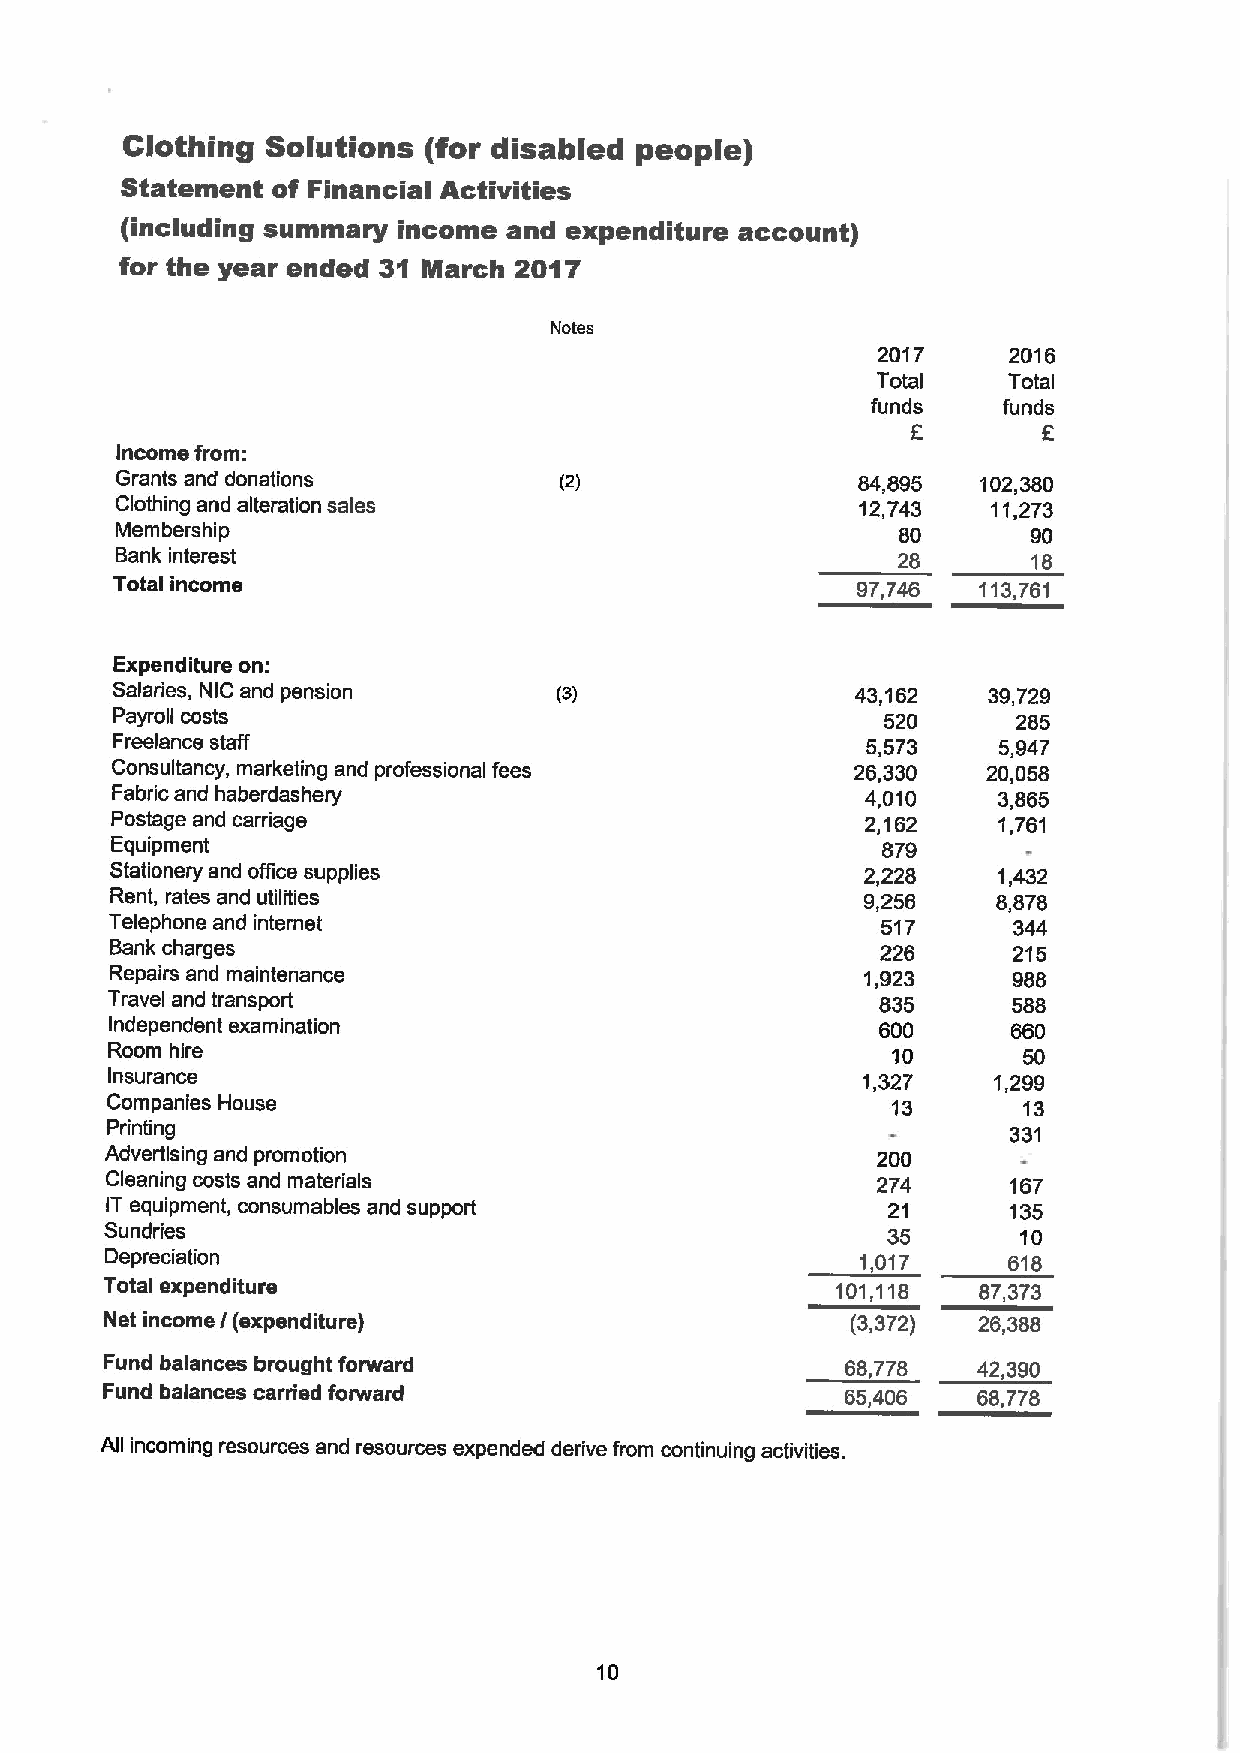
Clothing  Solutions (for disabled people)
 Statement of Financial Activities
 (including summary income and expenditure account)
 for the year ended 31 March 2017
 Notes
 2017     2016
 Total    Total
 funds   funds
 E        E
 Income from:
 Grants and donations                             84,895  102,380
 Clothing and alteration sales                    12,743   11,273
 Membership                                         80       90
 Bank interest                                      28       18
 Total income                                      97,746  113,761
 Expenditure on:
 Salaries, NIC and pension                         43,162  39,729
 Payroll costs                                      520      285
 Freelance staff                                   5,573    5,947
 Consultancy, marketing and professional fees      26,330  20,058
 Fabric and haberdashery                           4,010    3,865
 Postage and carriage                              2,162    1,761
 Equipment                                          879
 Stationery and office supplies                    2,228    1,432
 Rent, rates and utilities                         9,256    8,878
 Telephone and internet                             517      344
 Bank charges                                       226      215
 Repairs and maintenance                           1,923     988
 Travel and transport                               835      588
 Independent examination                            600      660
 Room hire                                           10       50
 Insurance                                         1,327    1,299
 Companies House                                     13       13
 Printing                                                    331
 Advertising and promotion                          200
 Cleaning costs and materials                       274      167
 IT equipment, consumables and support               21      135
 Sundries                                            35       10
 Depreciation                                      1,017     618
 Total expenditure                               101,116   87,373
 Net income / (expenditure)                       (3,372)  26,388
 Fund balances brought forward                    68,778   42,390
 Fund balances carried forward                    66,406   68,778
 All incoming resources and resources expended derive from continuing activities.
 10